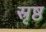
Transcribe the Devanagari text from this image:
स्रृष्ठ